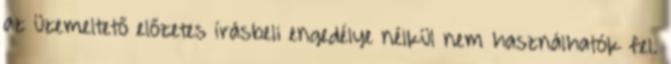
az üzemeltető előzetes írásbeli engedélye nélkül nem használhatók fel.